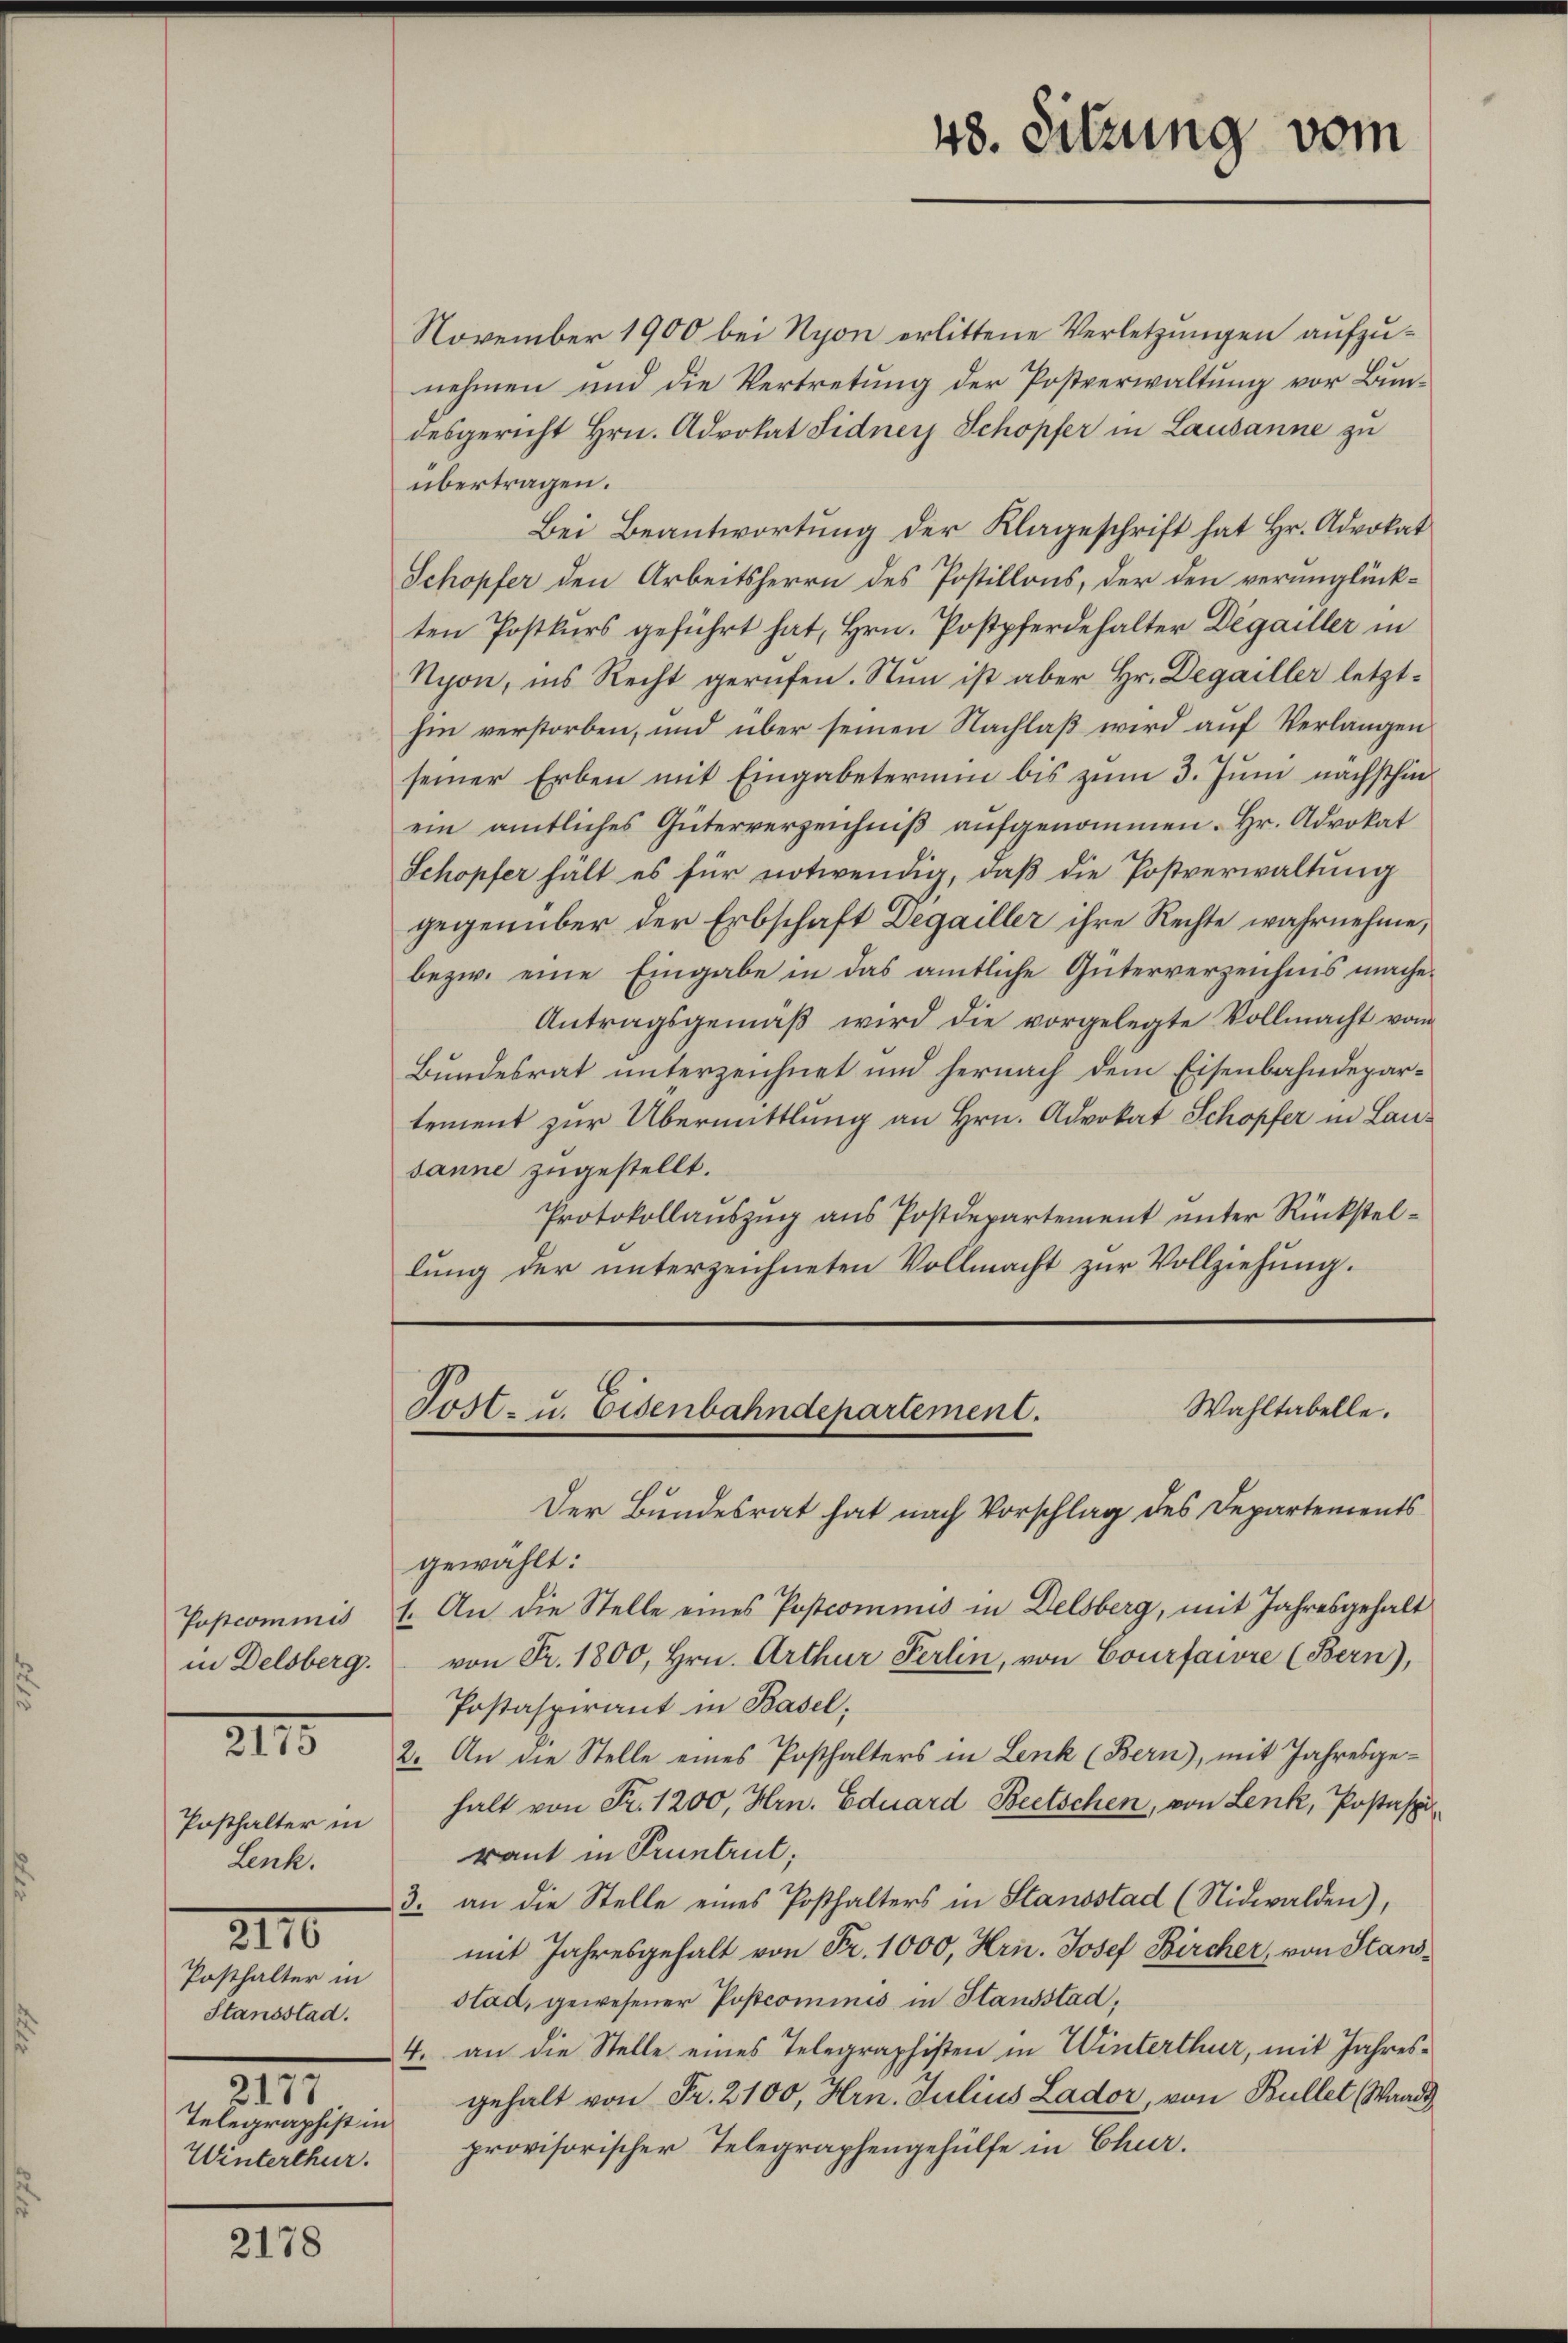
in Delsberg.
Posthalter in
Lenk.
2110
Posthalter in
Stansstad.
e
.
217
Telegraphist in
Winterthur.

2178

48. Sitzung vom

November 1900 bei Nyon erlittene Verletzungen aufzunehmen und die Vertretung der Postverwaltung vor Bundesgericht Hrn. Advokat Fidner Schopfer in Lausanne zu
übertragen.
Bei Beantwortung der Klageschrift hat Hr. Advokat
Schopfer den Arbeitsherrn des Postillons, der den verunglück-
ten Postkurs geführt hat, Hrn. Postpferdehalter Degailler in
Nyon, ins Recht gerufen. Nun ist aber Hr. Degailler letzt-
hin verstorben, und über seinen Nachlaß wird auf Verlangen
seiner Erben mit Eingabetermin bis zum 3. Juni nächsthin
ein amtliches Güterverzeichniβ aŭfgenommen. Hr. Advokat
Schopfer hält es für notwendig, daß die Postverwaltung
gegenüber der Erbschaft Degailler ihre Rechte wahrnehme,
bezw. eine Eingabe in das amtliche Güterverzeichnis mache.
Antragsgemäβ wird die vorgelegte Vollmacht vom
Bundesrat unterzeichnet und hernach dem Eisenbahndepartement zur Übermittlung an Hrn. Advokat Schopfer in Lausanne zugestellt.
Protokollauszug aus Postdepartement unter Rückstellung der unterzeichneten Vollmacht zur Vollziehung.

Wahltabelle.
Tost- u. Eisenbahndepartement.
Der Bundesrat hat nach Vorschlag des Departements

gewählt:
(...)commis 1. An die Stelle eines Postcommis in Delsberg, mit Jahresgehalt
von Fr. 1800, Hrn. Arthur Perlin, von Courfarre (Bern),
Postaspirant in Basel;
5 2. An die Stelle eines Posthalters in Lenk (Bern, mit Jahresge-
halt von Fr. 1200, Hrn. Eduard Beetschen, von Lenk, Postaspi
raut in Pruntrut,
3. an die Stelle eines Posthalters in Standstad (Nidwalden),
mit Jahresgehalt von Fr. 1000, Hrn. Josef Bircher, von Stanstad, gewesener Postcommis in Stausstad,
4. an die Stelle eines Telegraphisten in Winterthur, mit Jahresgehalt von Fr. 2100, Hrn. Julius Lador, von Bullet (Waadt
provisorischer Telegraphengehülfe in Chur.